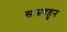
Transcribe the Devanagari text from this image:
साम्रदहुन